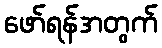
ဖော်ရန်အတွက်